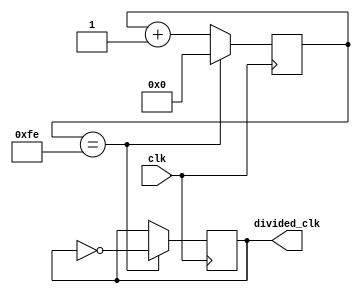
module frequency_divider(
    input wire clk,
    output wire divided_clk
);

reg [7:0] counter;
reg [7:0] divide_value = 8'hFF; // divide the input clock by 256

always @(posedge clk) begin
    if(counter == divide_value - 1) begin
        counter <= 8'b0;
        divided_clk <= ~divided_clk;
    end else begin
        counter <= counter + 1;
    end
end

endmodule